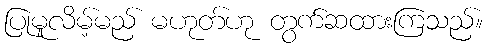
ပြုမူလိမ့်မည် မဟုတ်ဟု တွက်ဆထားကြသည်။